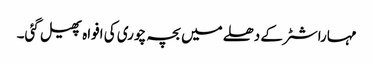
مہاراشٹر کے دھلے میں بچہ چوری کی افواہ پھیل گئی۔